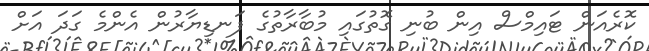
ކޮރެއަން ޓައިމްސް އިން ބުނި ގޮތުގައި މުބާރާތުގެ ފަނޑިޔާރުން އެންމެ ގަދަ އަށް